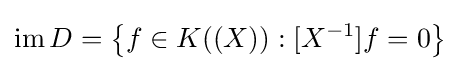
\operatorname {im} D=\left\{f\in K((X)):[X^{-1}]f=0\right\}